Leningradi_Edasi_toimetus, lk 201
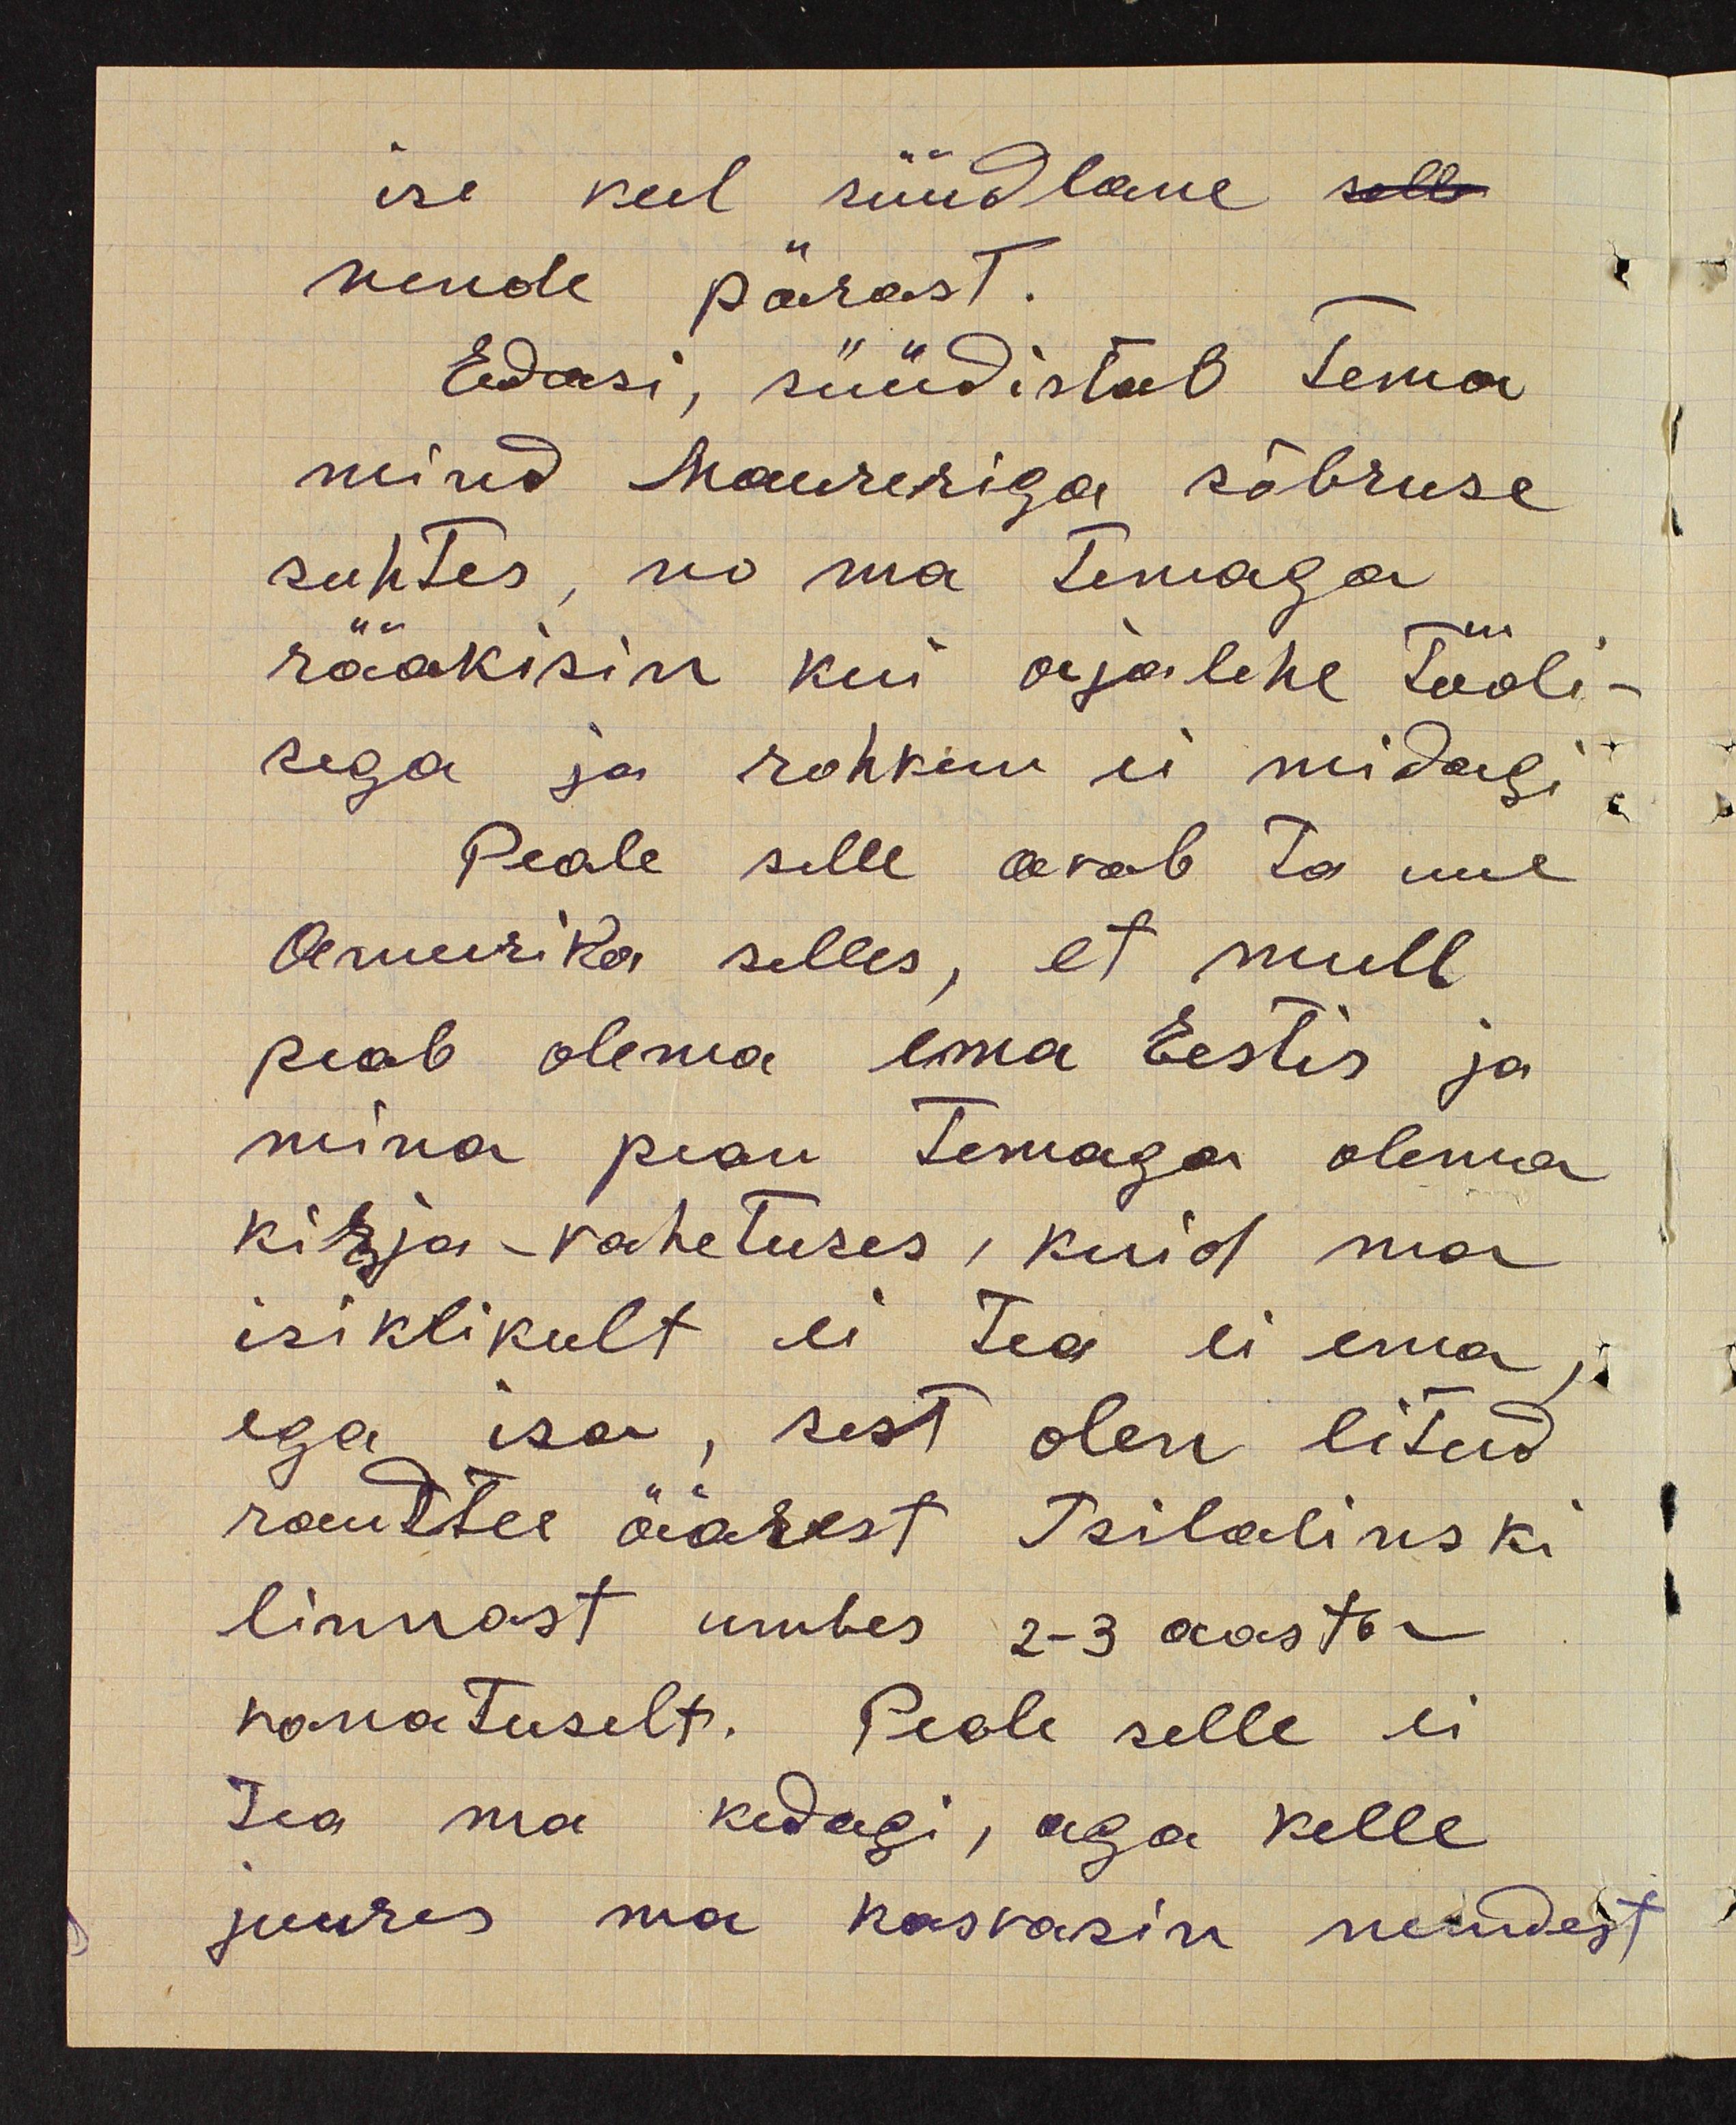
ise veel süüdlane
nende pärast.
Edasi, süüdistab tema
mind Maureriga sõbruse
suhtes, no ma temaga
rääkisin kui ajalehe tööli-
sega ja rohkem ei midagi.
Peale selle avab ta uue
Ameerika selles, et mull
peab olema ema Eestis ja
mina pean temaga olema
kirja-vahetuses, kuid ma
isiklikult ei tea ei ema,
ega isa, sest olen leitud
raudtee äärest Tsilalinski
linnast umbes 2-3 aasta
vanatuselt. Peale selle ei
tsa ma kedagi, aga kelle
juures ma kasvasin nendest